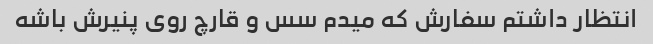
انتظار داشتم سفارش که میدم سس و قارچ روی پنیرش باشه